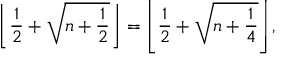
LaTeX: \left\lfloor { \frac { 1 } { 2 } } + { \sqrt { n + { \frac { 1 } { 2 } } } } \right\rfloor = \left\lfloor { \frac { 1 } { 2 } } + { \sqrt { n + { \frac { 1 } { 4 } } } } \right\rfloor ,